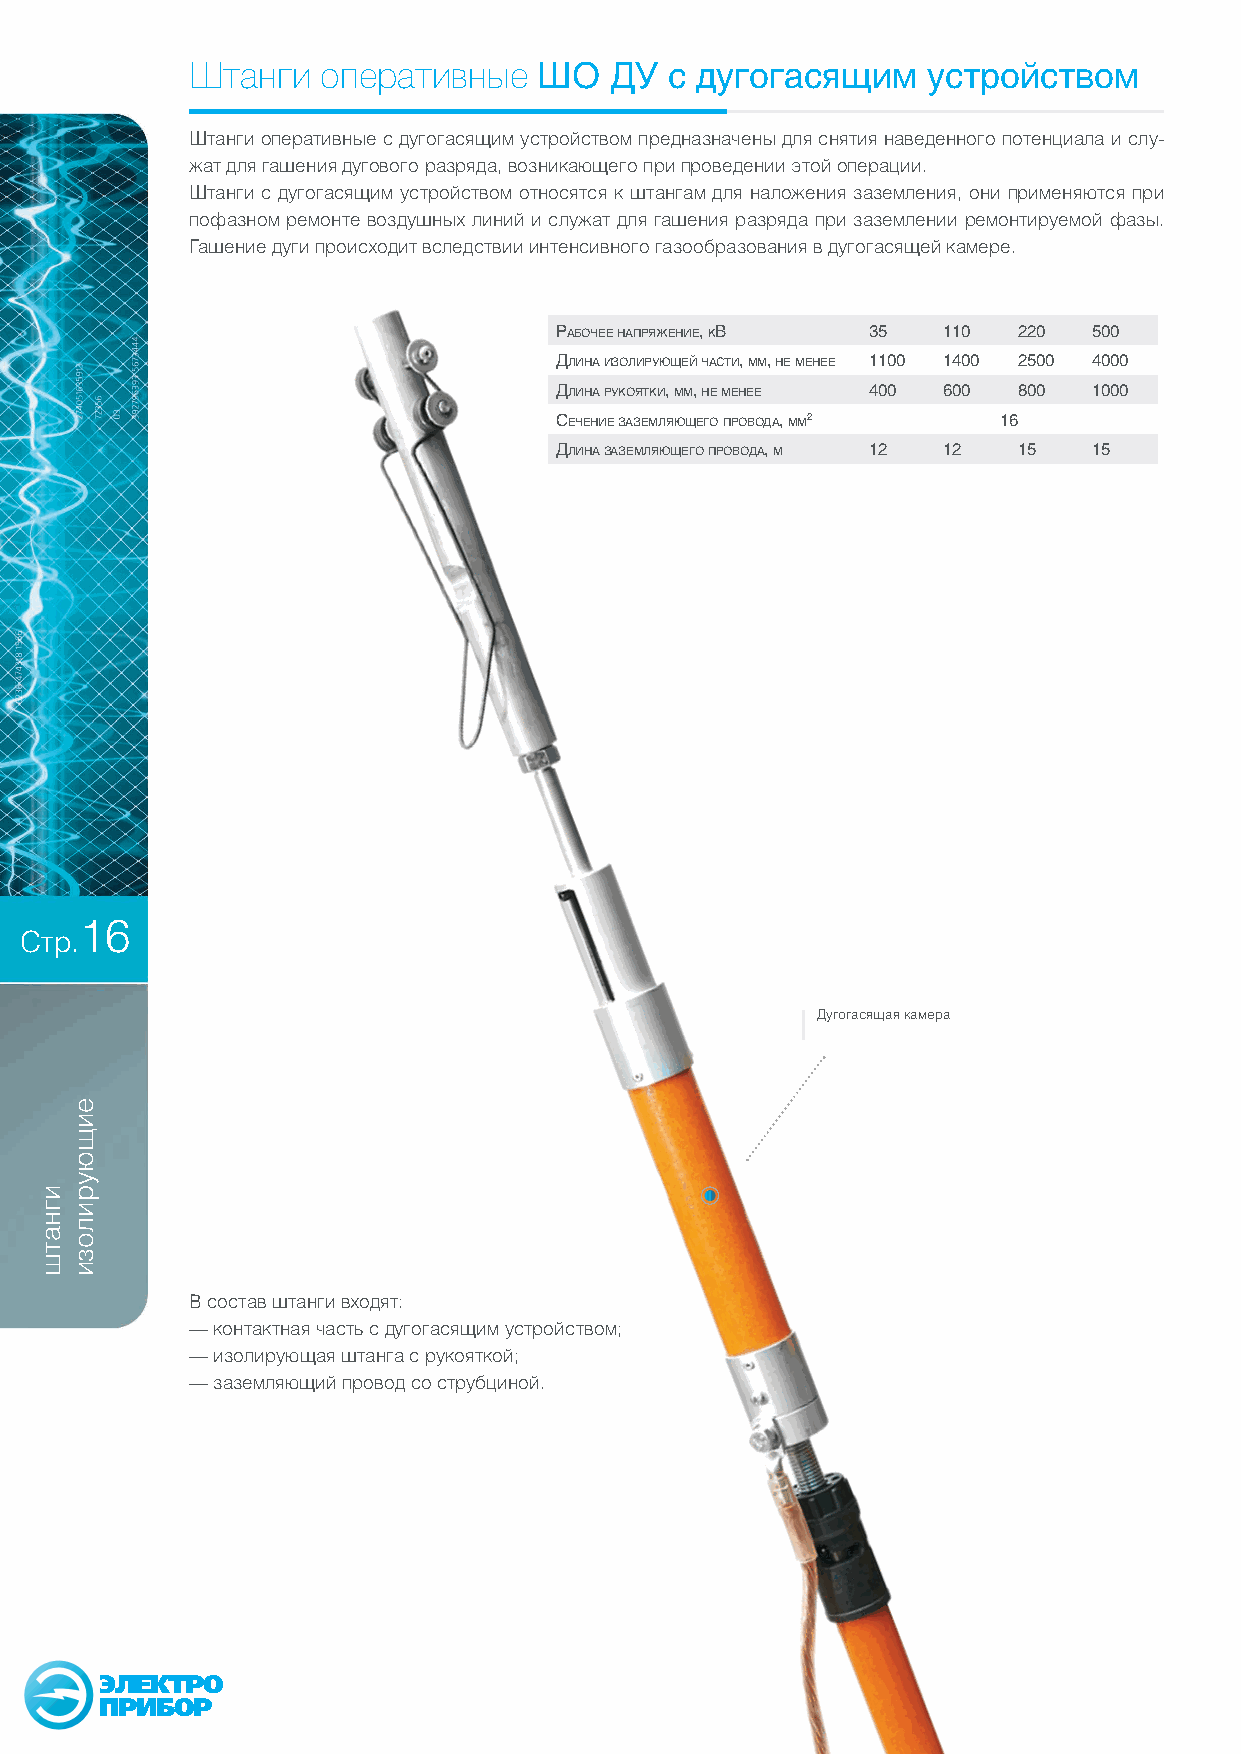
Штанги  оперативные    ШО  ДУ  с дугогасящим    устройством
 Штанги оперативные с дугогасящим устройством предназначены для снятия наведенного потенциала и слу-
 жат для гашения дугового разряда, возникающего при проведении этой операции.
 Штанги с дугогасящим устройством относятся к штангам для наложения заземления, они применяются при
 пофазном ремонте воздушных линий и служат для гашения разряда при заземлении ремонтируемой фазы.
 Гашение дуги происходит вследствии интенсивного газообразования в дугогасящей камере.
 рабочее напряжение, кВ 35 110 220  500
 Длина изолирующей часТи, мм, не менее 1100 1400 2500 4000
 Длина рукояТки, мм, не менее 400 600 800 1000
 сечение заземляющего проВоДа, мм2 16
 Длина заземляющего проВоДа, м 12 12 15 15
 16
 Стр.
 Дугогасящая камера
 В состав штанги входят:
 — контактная часть с дугогасящим устройством;
 — изолирующая штанга с рукояткой;
 — заземляющий провод со струбциной.
 ЭЛЕКТРО
 ПРИБОР
 игнатш
 еищюурилози